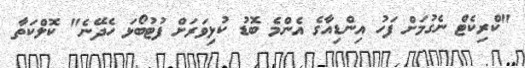
"ކްރިކެޓް ނެގުމަށް ފަހު އިންޑިއާގެ އެންމެ ބޮޑު ކުޅިވަރަށް ފުޓުބޯޅަ ހެދޭނެ" ކޮލްކަތާ